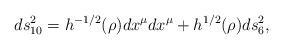
LaTeX: \begin{align*}ds_{10}^2 = h^{-1/2}(\rho)dx^{\mu}dx^{\mu} + h^{1/2}(\rho)ds_6^2,\end{align*}